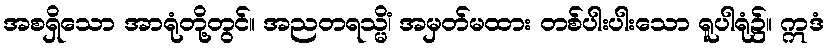
အစရှိသော အာရုံတို့တွင်။ အညတရသ္မိံ၊ အမှတ်မထား တစ်ပါးပါးသော ရူပါရုံ၌။ ဣဒံ